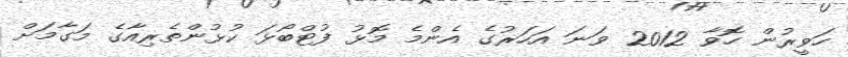
ހަވީރުން ހޮވާ 2012 ވަނަ އަހަރުގެ އެންމެ މޮޅު ފުޓްބޯޅަ ކުޅުންތެރިއާގެ މަގާމަށް